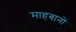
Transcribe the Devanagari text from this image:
माहबानों